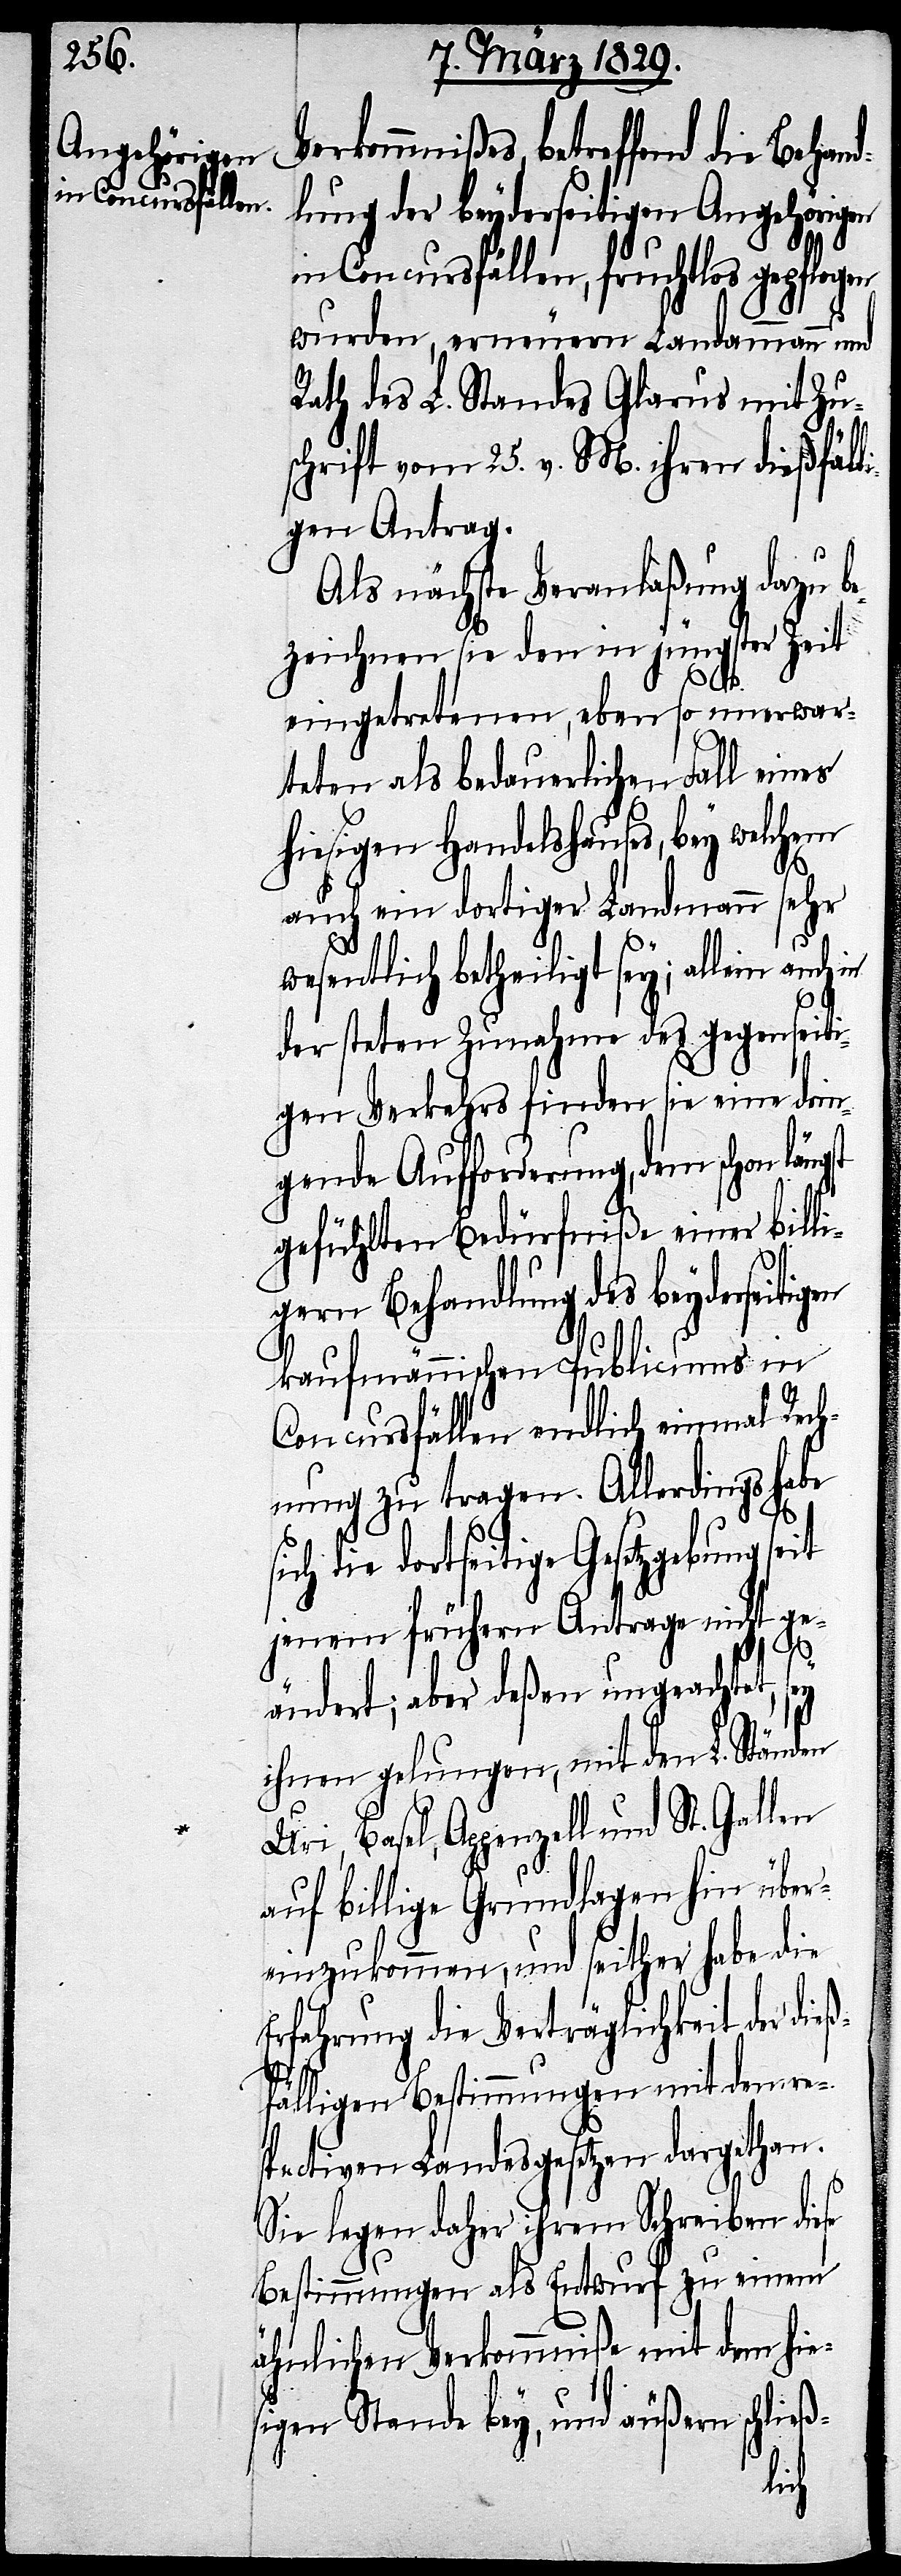
erkommnißes, betreffend die Behan¬
dlung der beyderseitigen Angehörigen
in Concursfällen, fruchtlos gepflogen
en
wurden, erneuern Landammann und
Rath des L. Standes Glarus mit Zu¬
schrift vom 25. v. M. ihren dießfäll¬
igen Antrag.
Als nächste Veranlaßung dazu b¬
ezeichnen sie den in jüngster Zeit
eingetretenen, eben so unerwar¬
teten als bedauerlichen Fall eines
hiesigen Handelshauses, bey welchem
auch ein dortiger Landmann sehr
wesentlich betheiligt sey; allein auch
der steten Zunahme des gegenseiti¬
gen Verkehrs finden sie eine drin¬
gende Aufforderung, dem schon län¬
gefühlten Bedürfniße einer billi¬
gen Behandlung des beyderseitig¬
kaufmännischen Publicums in
Concursfällen endlich einmal Rech¬
nung zu tragen. Allerdings habe
ich die dortseitige Gesetzgebung seit
jenem frühern Antrage nicht ge¬
ändert; aber deßen ungeachtet, sey
ihnen gelungen, mit den L. Ständen
Uri, Basel, Appenzell und St. Gallen
auf billige Grundlagen hin über¬
einzukommen, und seither habe die
Erfahrung die Verträglichkeit der die¬
ßfälligen Bestimmungen mit dem re¬
spectiven Landesgesetzen dargethan.
se
Sie legen daher ihrem Schreiben die¬
Bestimmungen als Entwurf zu einem
ähnlichen Verkommniße mit dem hie¬
sigen Stande bey, und äußern schließ-